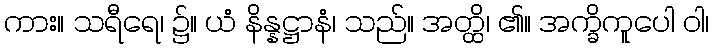
ကား။ သရီရေ၊ ၌။ ယံ နိန္နဋ္ဌာနံ၊ သည်။ အတ္ထိ၊ ၏။ အက္ခိကူပေါ ဝါ၊